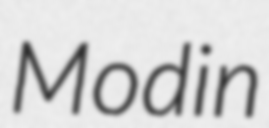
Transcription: Modin